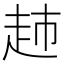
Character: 𧺡